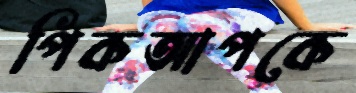
পিকআপকে